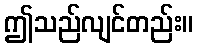
ဤသည်လျင်တည်း။